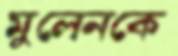
মুলেনকে